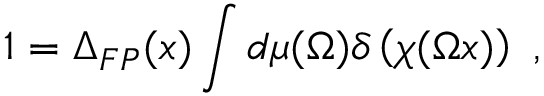
1 = \Delta _ { F P } ( x ) \int d \mu ( \Omega ) \delta \left( \chi ( \Omega x ) \right) \ ,